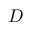
D